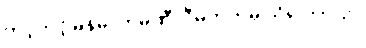
တင့်တင့်မြန်မာကုမ္ပဏီလီမိတက်မှ သိရပါတယ်။